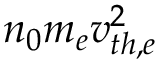
n _ { 0 } m _ { e } v _ { t h , e } ^ { 2 }